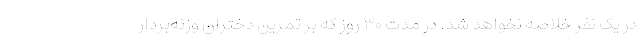
در یک نفر خلاصه نخواهد شد. در مدت ۳۰ روز که بر تمرین دختران وزنه‌بردار